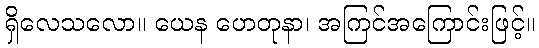
ရှိလေသလော။ ယေန ဟေတုနာ၊ အကြင်အကြောင်းဖြင့်။